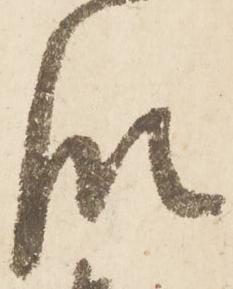
段